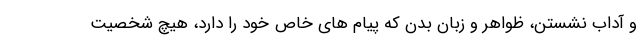
و آداب نشستن، ظواهر و زبان بدن که پیام های خاص خود را دارد، هیچ شخصیت